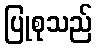
ပြုစုသည်